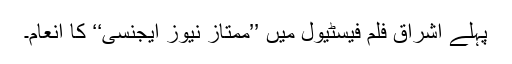
پہلے اشراق فلم فیسٹیول میں ’’ممتاز نیوز ایجنسی‘‘ کا انعام۔